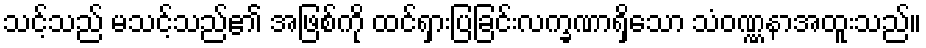
သင့်သည် မသင့်သည်၏ အဖြစ်ကို ထင်ရှားပြခြင်းလက္ခဏာရှိသော သံဝဏ္ဏနာအထူးသည်။